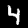
Digit: 4